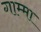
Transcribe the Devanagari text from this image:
गाम्मा